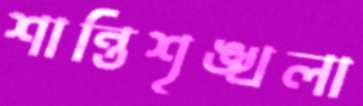
শান্তিশৃঙ্খলা